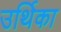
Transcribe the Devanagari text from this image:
उर्थिका